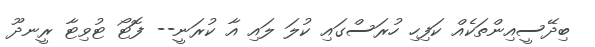
ބިދޭސީއިންތަކެއް ކަފިހި ހުރަސްގައި ކުލަ ލައި އާ ކުރަނީ-- ފޮޓޯ ޓުވިޓާ ރީނދޫ